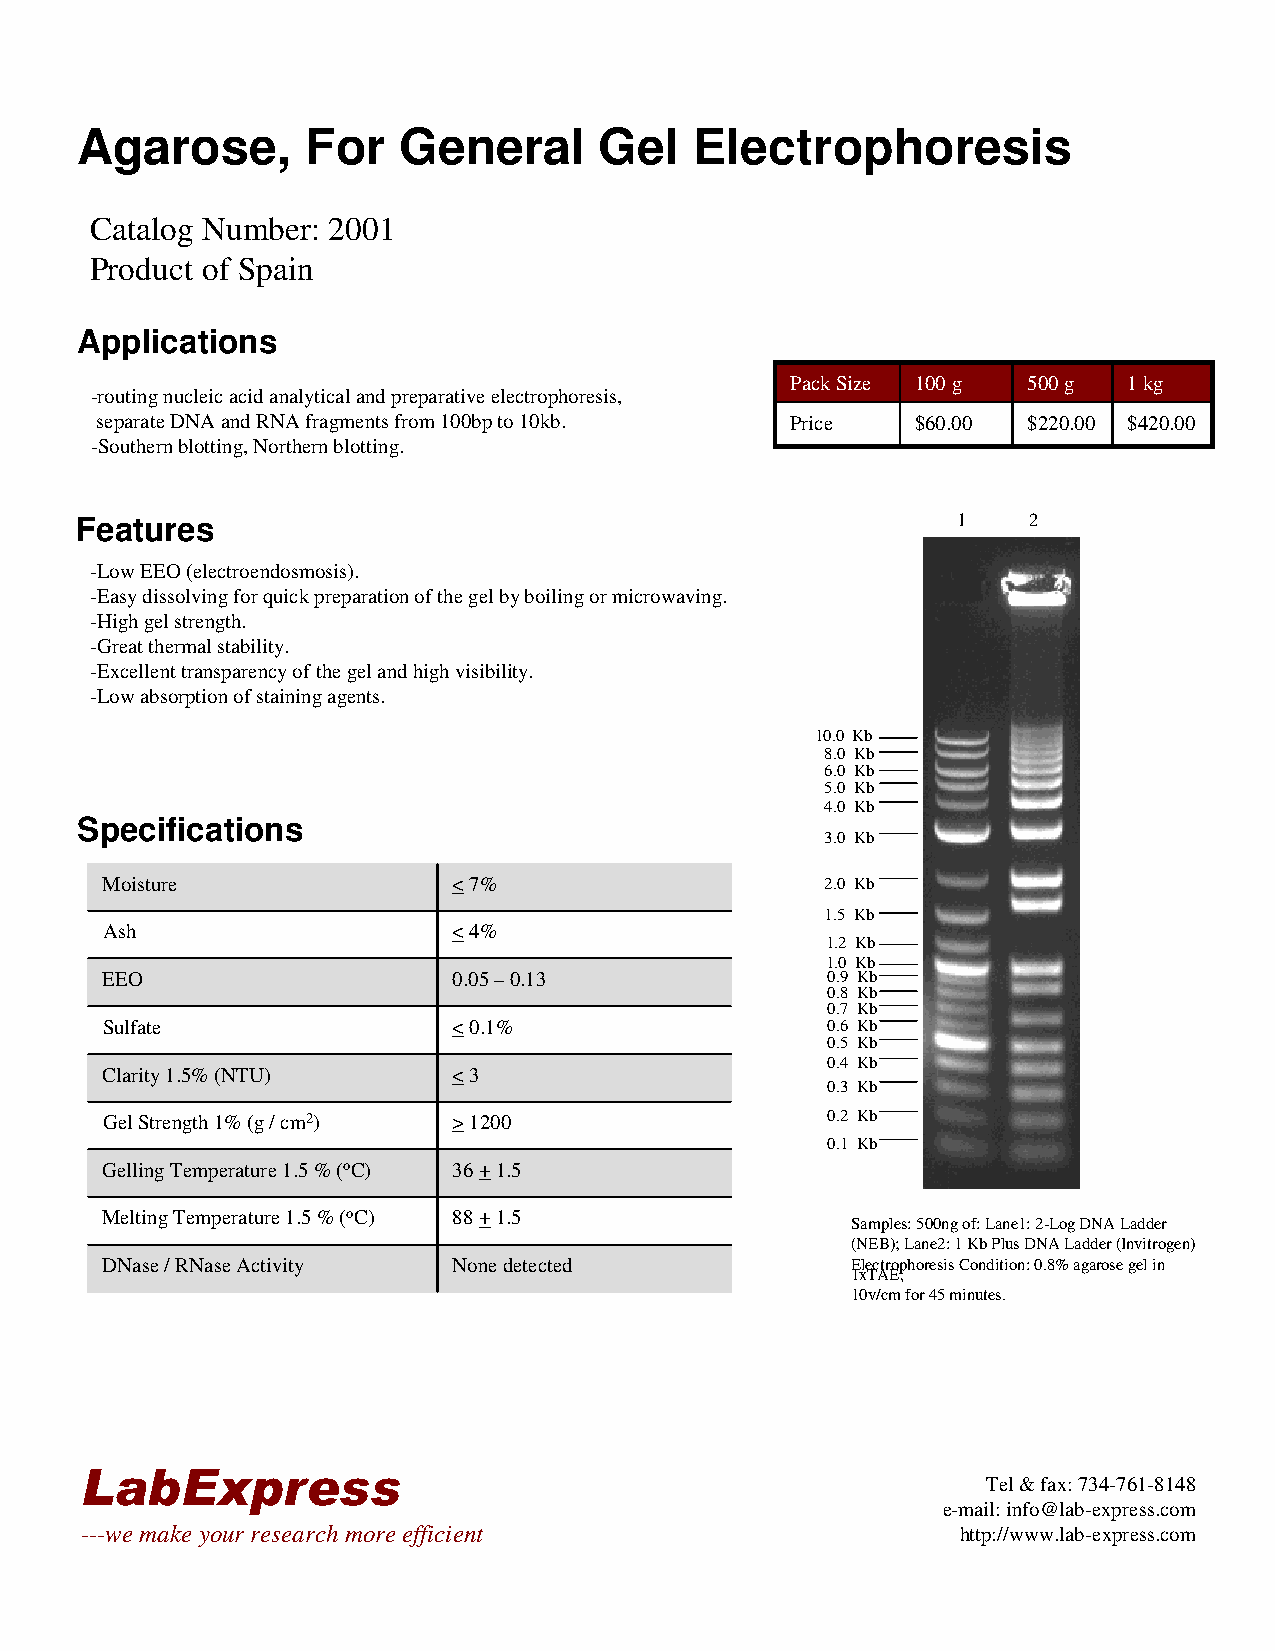
Agarose,       For   General       Gel   Electrophoresis
 Catalog Number: 2001
 Product of Spain
 Applications
 Pack Size 100 g 500 g  1 kg
 -routing nucleic acid analytical and preparative electrophoresis,
 separate DNA and RNA fragments from 100bp to 10kb. Price $60.00 $220.00 $420.00
 -Southern blotting, Northern blotting.
 Features                                                  1    2
 -Low EEO (electroendosmosis).
 -Easy dissolving for quick preparation of the gel by boiling or microwaving.
 -High gel strength.
 -Great thermal stability.
 -Excellent transparency of the gel and high visibility.
 -Low absorption of staining agents.
 10.0 Kb
 8.0 Kb
 6.0 Kb
 5.0 Kb
 4.0 Kb
 Specifications
 3.0 Kb
 Moisture               <7%                      2.0 Kb
 1.5 Kb
 Ash                    <4%
 1.2 Kb
 1.0 Kb
 EEO                    0.05 –0.13               0.9 Kb
 0.8 Kb
 0.7 Kb
 Sulfate                <0.1%                    0.6 Kb
 0.5 Kb
 0.4 Kb
 Clarity 1.5% (NTU)     <3
 0.3 Kb
 Gel Strength 1% (g / cm2) >1200                 0.2 Kb
 0.1 Kb
 Gelling Temperature 1.5 % (oC) 36 +1.5
 Melting Temperature 1.5 % (oC) 88 +1.5
 Samples: 500ng of: Lane1: 2-Log DNA Ladder
 (NEB); Lane2: 1 Kb Plus DNA Ladder (Invitrogen)
 DNase/ RNase Activity  None detected             Electrophoresis Condition: 0.8%agarosegel in
 1xTAE,
 10v/cm for 45 minutes.
 LabExpress
 Tel & fax: 734-761-8148
 e-mail: info@lab-express.com
 ---we make your research more efficient                    http://www.lab-express.com